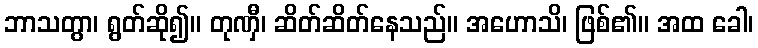
ဘာသတွာ၊ ရွတ်ဆို၍။ တုဏှီ၊ ဆိတ်ဆိတ်နေသည်။ အဟောသိ၊ ဖြစ်၏။ အထ ခေါ၊